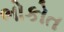
ભોકોત